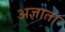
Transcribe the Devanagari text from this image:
अज्ञाता